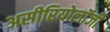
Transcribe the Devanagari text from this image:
असीरियोलॉजी